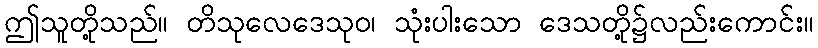
ဤသူတို့သည်။ တိသုလေဒေသုဝ၊ သုံးပါးသော ဒေသတို့၌လည်းကောင်း။